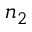
n _ { 2 }